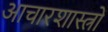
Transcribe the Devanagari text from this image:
आचारशास्त्रों